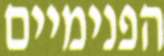
הפנימיים